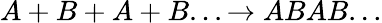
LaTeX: A+B+A+B...\rightarrow ABAB...